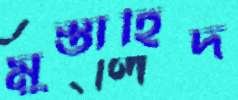
মুস্তাহিদ